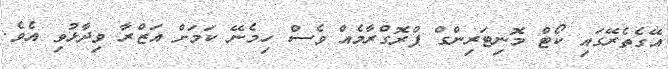
އޭގެތެރޭގައި ކޯޓް މޮނިޓަރިންގް ޕްރޮގްރާމެއް ވެސް ހިމެނޭ ކަމަށް އަޒްރާ ވިދާޅުވި އެވެ.